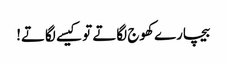
بیچارے کھوج لگاتے تو کیسے لگاتے!